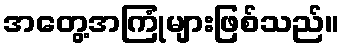
အတွေ့အကြုံများဖြစ်သည်။